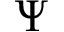
\Psi